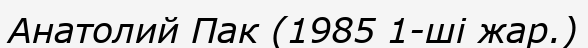
Анатолий Пак (1985 1-ші жар.)